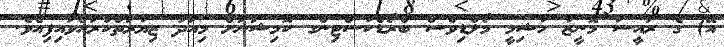
އޭ) ގެ ރައީސާ މޮނީޒާ ހާޝިމީ މޯލްޑިވްސް ބްރޯޑްކާސްޓިންގ ކޮމިޝަނަށް މިއަދު ޒިޔާރަތްކުރައްވައިފިއެވެ.